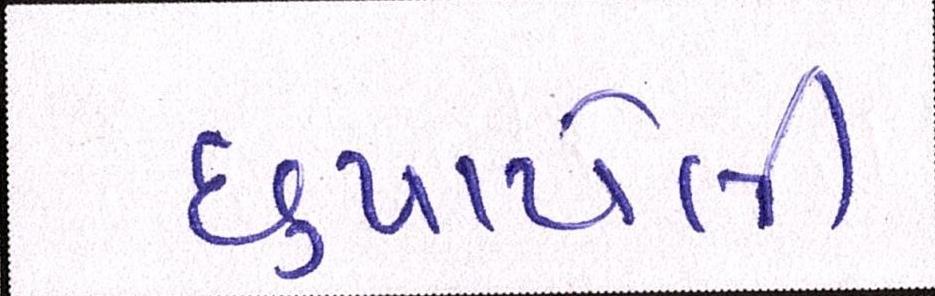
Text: છુપાયેલી